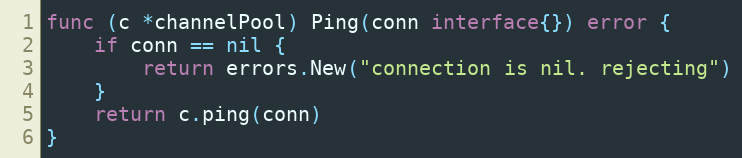
Language: Go
func (c *channelPool) Ping(conn interface{}) error {
	if conn == nil {
		return errors.New("connection is nil. rejecting")
	}
	return c.ping(conn)
}